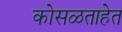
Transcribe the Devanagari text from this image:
कोसळताहेत